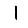
Digit: 1